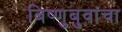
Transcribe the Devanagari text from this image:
बिष्णुबुवांचा